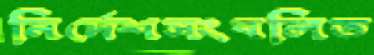
নির্দেশসংবলিত